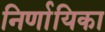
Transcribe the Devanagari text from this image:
निर्णायिका